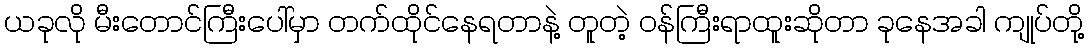
ယခုလို မီးတောင်ကြီးပေါ်မှာ တက်ထိုင်နေရတာနဲ့ တူတဲ့ ဝန်ကြီးရာထူးဆိုတာ ခုနေအခါ ကျုပ်တို့